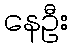
နေဦး